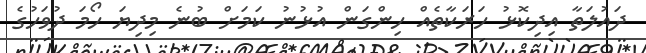
ދައުލަތާ އިދިކޮޅު ހަރަކާތެއް ހިންގަން އުޅުނު ކަމަށް ބުނެ މިދިޔަ ހޯމަ ދުވަހުގެ